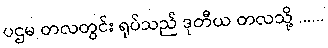
ပဌမ တလတွင်း ရုပ်သည် ဒုတီယ တလသို့ ......